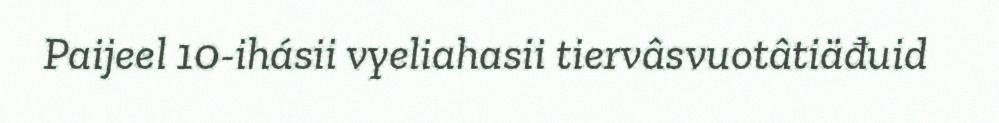
Paijeel 10-ihásii vyeliahasii tiervâsvuotâtiäđuid